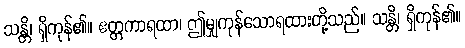
သန္တိ၊ ရှိကုန်၏။ ဧတ္တကာရထာ၊ ဤမျှကုန်သောရထားတို့သည်။ သန္တိ၊ ရှိကုန်၏။